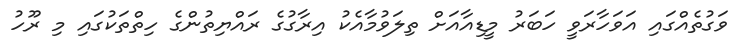
ވަގުތެއްގައި އަވަހާރަވީ ހަބަރު މީޑިއާއަށް ތިލަވުމާއެކު އިރާގުގެ ރައްޔިތުންގެ ހިތްތަކުގައި މި ރޫހު